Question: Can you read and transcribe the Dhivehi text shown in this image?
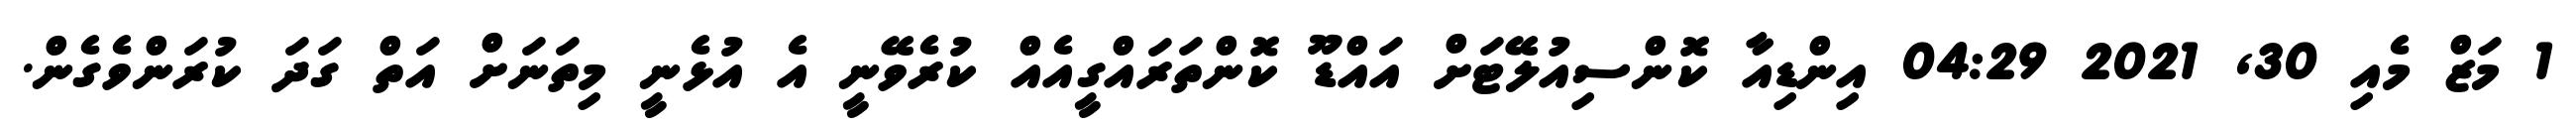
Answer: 1 މަޒް މެއި 30, 2021 04:29 އިންޑިއާ ކޮންސިއުލޭޓަށް އައްޑޫ ކޮންތަރައްގީއެއް ކުރެވޭނީ އެ އުޅެނީ މިތަނަށް އަތް ގަދަ ކުރަންވެގެން.